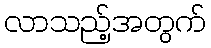
လာသည့်အတွက်